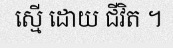
ស្មើ ដោយ ជីវិត ។